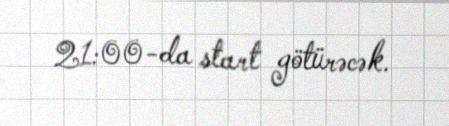
21:00-da start götürəcək.